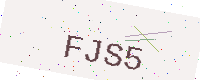
Text: FJS5